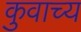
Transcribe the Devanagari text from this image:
कुवाच्य